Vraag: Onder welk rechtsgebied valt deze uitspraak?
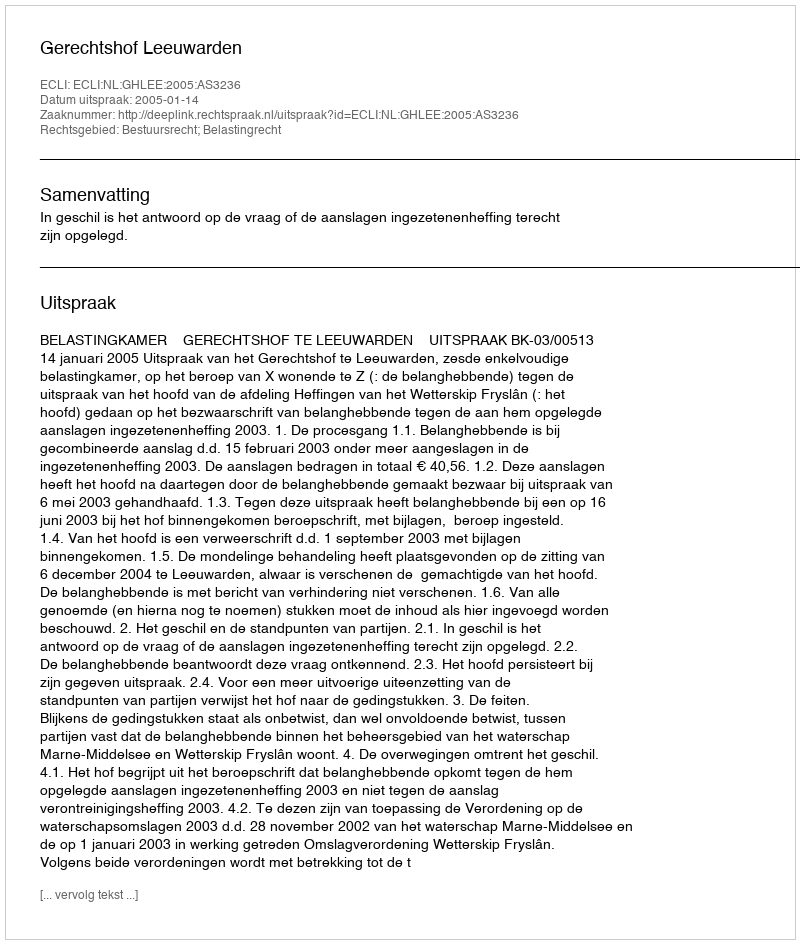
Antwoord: Bestuursrecht; Belastingrecht